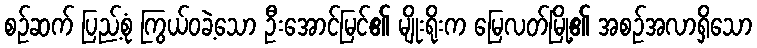
စဉ်ဆက် ပြည့်စုံ ကြွယ်ဝခဲ့သော ဦးအောင်မြင်၏ မျိုးရိုးက မြေလတ်မြို့၏ အစဉ်အလာရှိသော